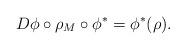
LaTeX: \begin{align*} D\phi\circ\rho_M\circ\phi^*=\phi^*(\rho). \end{align*}